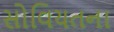
સોવિયતના